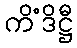
ကိံဒိဋ္ဌီ